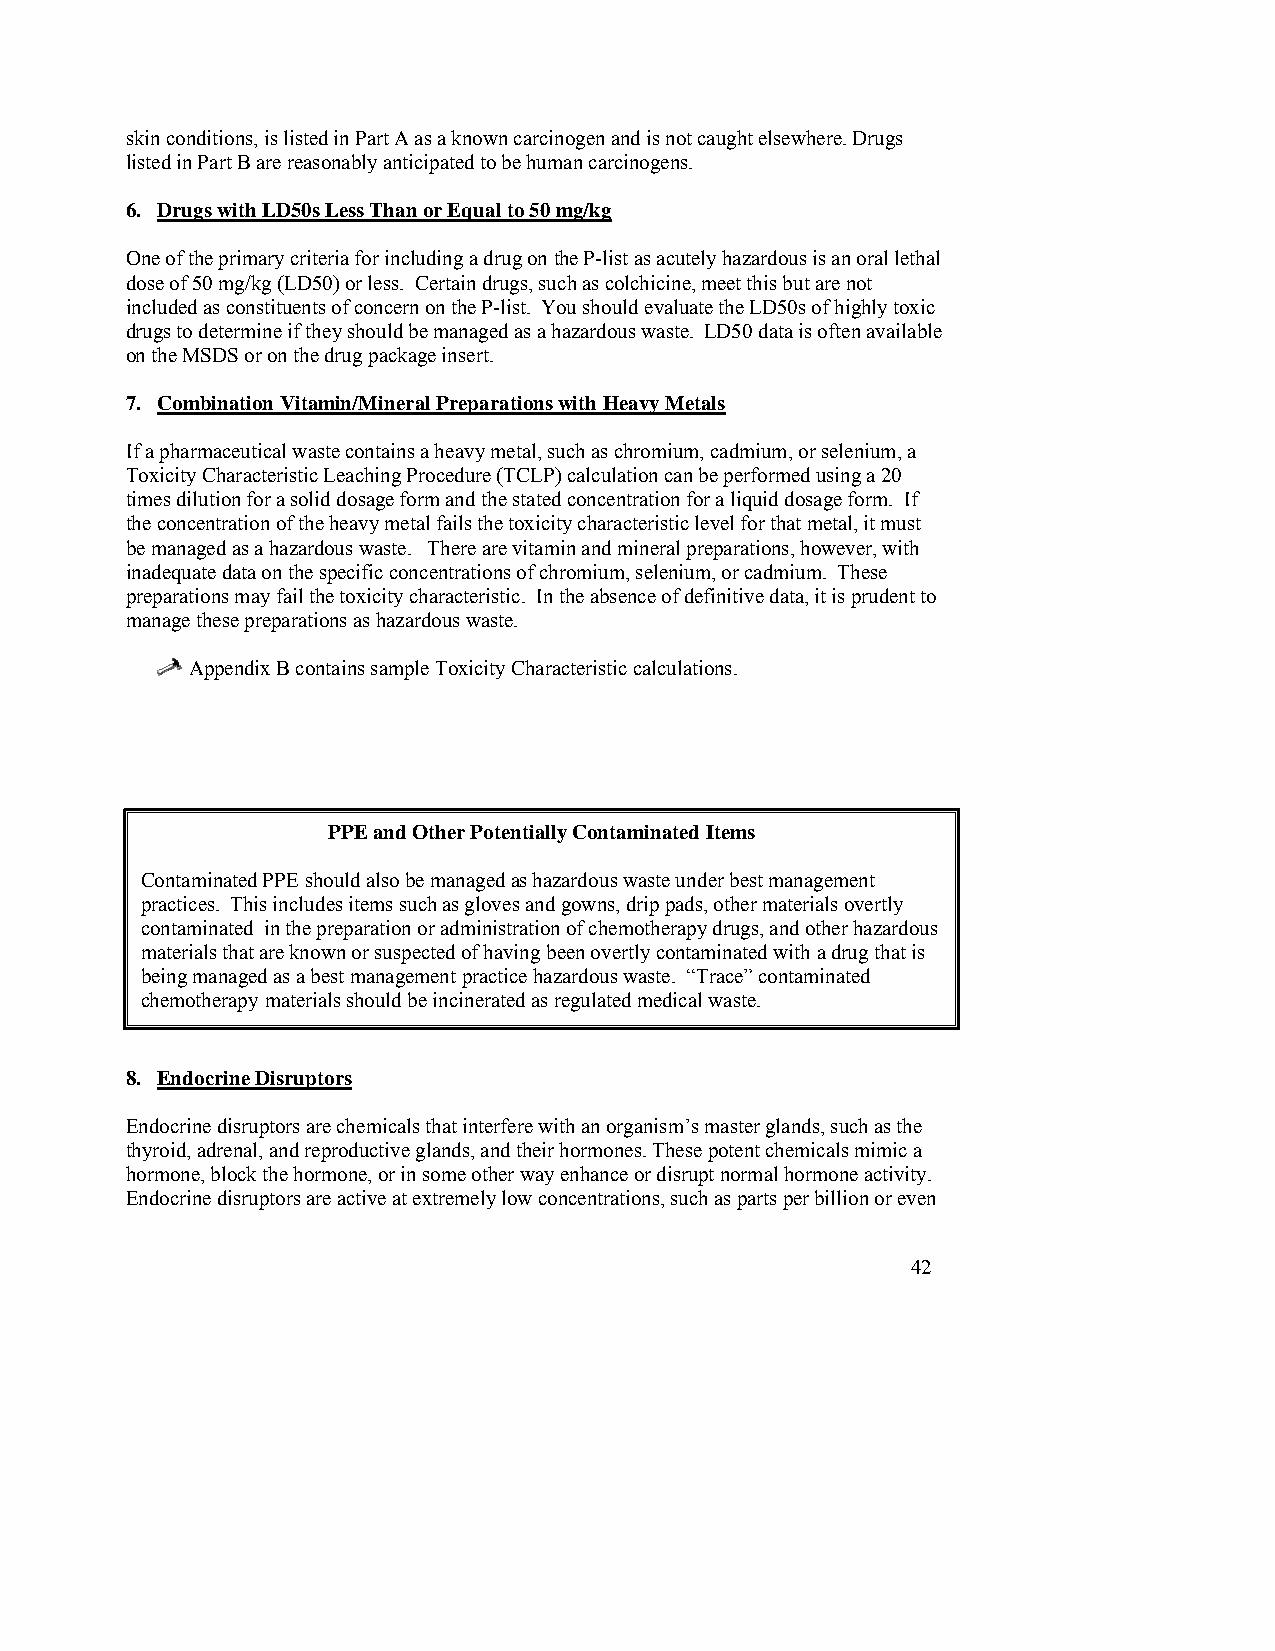
skin conditions, is listed in Part A as a known carcinogen and is not caught elsewhere. Drugs
 listed in Part B are reasonably anticipated to be human carcinogens.
 6. Drugs with LD50s Less Than or Equal to 50 mg/kg
 One of the primary criteria for including a drug on the P-list as acutely hazardous is an oral lethal
 dose of 50 mg/kg (LD50) or less. Certain drugs, such as colchicine, meet this but are not
 included as constituents of concern on the P-list. You should evaluate the LD50s of highly toxic
 drugs to determine if they should be managed as a hazardous waste. LD50 data is often available
 on the MSDS or on the drug package insert.
 7. Combination Vitamin/Mineral Preparations with Heavy Metals
 If a pharmaceutical waste contains a heavy metal, such as chromium, cadmium, or selenium, a
 Toxicity Characteristic Leaching Procedure (TCLP) calculation can be performed using a 20
 times dilution for a solid dosage form and the stated concentration for a liquid dosage form. If
 the concentration of the heavy metal fails the toxicity characteristic level for that metal, it must
 be managed as a hazardous waste. There are vitamin and mineral preparations, however, with
 inadequate data on the specific concentrations of chromium, selenium, or cadmium. These
 preparations may fail the toxicity characteristic. In the absence of definitive data, it is prudent to
 manage these preparations as hazardous waste.
 Appendix B contains sample Toxicity Characteristic calculations.
 PPE and Other Potentially Contaminated Items
 Contaminated PPE should also be managed as hazardous waste under best management
 practices. This includes items such as gloves and gowns, drip pads, other materials overtly
 contaminated in the preparation or administration of chemotherapy drugs, and other hazardous
 materials that are known or suspected of having been overtly contaminated with a drug that is
 being managed as a best management practice hazardous waste. “Trace” contaminated
 chemotherapy materials should be incinerated as regulated medical waste.
 8. Endocrine Disruptors
 Endocrine disruptors are chemicals that interfere with an organism’s master glands, such as the
 thyroid, adrenal, and reproductive glands, and their hormones. These potent chemicals mimic a
 hormone, block the hormone, or in some other way enhance or disrupt normal hormone activity.
 Endocrine disruptors are active at extremely low concentrations, such as parts per billion or even
 42